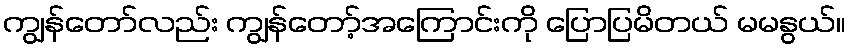
ကျွန်တော်လည်း ကျွန်တော့်အကြောင်းကို ပြောပြမိတယ် မမနွယ်။